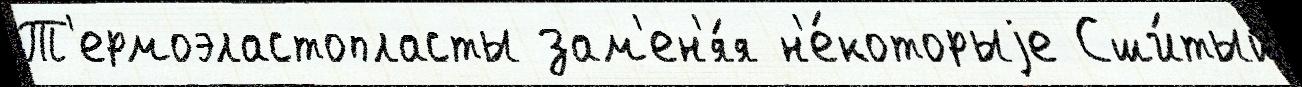
Т'ермоэластопласты зам'ен'я́я н'е́которыjе Сши́тый